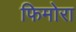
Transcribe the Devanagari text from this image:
फिमोरा